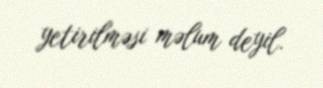
yetirilməsi məlum deyil.